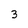
Character: 3